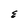
Character: E